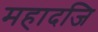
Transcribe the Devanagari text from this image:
महादजि